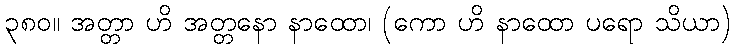
၃၈၀။ အတ္တာ ဟိ အတ္တနော နာထော၊ (ကော ဟိ နာထော ပရော သိယာ)